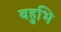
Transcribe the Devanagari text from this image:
बहुभि